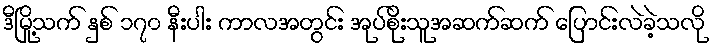
ဒီမြို့သက် နှစ် ၁၇၀ နီးပါး ကာလအတွင်း အုပ်စိုးသူအဆက်ဆက် ပြောင်းလဲခဲ့သလို